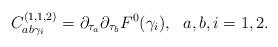
LaTeX: \begin{align*}C^{(1,1,2)}_{ab\gamma_i} = \partial_{\tau_a} \partial_{\tau_b} F^0(\gamma_i),\ \ a,b, i=1,2.\end{align*}